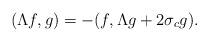
LaTeX: \begin{align*}(\Lambda f,g)=-(f,\Lambda g+2\sigma_c g).\end{align*}